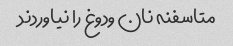
متاسفنه نان و‌دوغ را نیاوردند